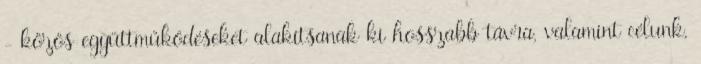
- közös együttműködéseket alakítsanak ki hosszabb távra, valamint célunk,